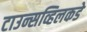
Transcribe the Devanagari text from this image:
टाउन्सव्हिलकडे